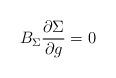
LaTeX: \begin{align*}B_\Sigma \frac{\partial \Sigma }{\partial g}=0 \end{align*}